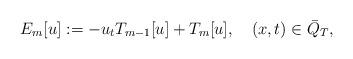
LaTeX: \begin{align*}E_m[u]:=-u_tT_{m-1}[u]+T_m[u],\quad(x,t)\in \bar Q_T,\end{align*}